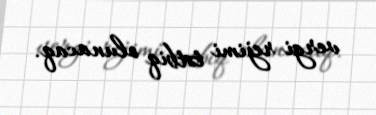
vergi rejimi tətbiq olunacaq.